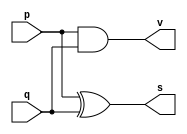
// ---------------------
// Guia 05_01 - Soma Completa 4 bits
// Nome: Anderson Belchior de Carvalho
// ---------------------

// ---------------------
// -- meia soma
// ---------------------

module meiasoma (s, v, p, q);

output v, s;
input p, q;

xor XOR1 (s, p, q);
and AND1 (v, p, q);

endmodule // meisoma

// ---------------------
// -- soma completa
// ---------------------

module somacompleta (s0, s1, p, q, v);

output s1, s0;
input p, q, v;
wire t1, t2, t3;

meiasoma MS1 (t2, t1, p, q);
meiasoma MS2 (s0, t3, v, t2);
or Or1 (s1, t3, t1);

endmodule // somacompleta


module Somador4bits(saida,carryout,e1,e2);

output [3:0]saida;
output carryout;
input [3:0]e1,e2;
wire carryout1,carryout2,carryout3;

meiasoma MEIASOMA (saida[0],carryout1,e1[0],e2[0]);
somacompleta SOMACOMPLETA1 (saida[1],carryout2,e1[1],e2[1],carryout1);
somacompleta SOMACOMPLETA2 (saida[2],carryout3,e1[2],e2[2],carryout2);
somacompleta SOMACOMPLETA3 (saida[3],carryout,e1[3],e2[3],carryout3);

endmodule


module testsomador4bits;
reg [3:0]e1,e2;
wire [3:0]saida;
wire carry;
integer i,j;

Somador4bits Somador4bits(saida,carry,e1,e2);

initial begin: start
		e1=0; e2=0;
end


	initial begin:main
      $display("\nguia05_01 - Anderson Belchior de Carvalho - 396673\n");
		$display("Circuito Soma Completa com 4 bits ");
		#1 $display(" e1 + e2 = carry saida ");
		#1 $monitor(" %4b + %4b = %b %4b", e1,e2,carry,saida);

		for( i=0; i<=15; i = i+1 )
		begin
			e1 = i;
			for ( j=0; j<=15; j = j+1 )
			begin
				#1 e2 = j;
			end
		end

	end

endmodule //fim guia05_01